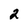
Character: 2